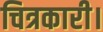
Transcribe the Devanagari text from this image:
चित्रकारी।